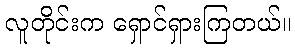
လူတိုင်းက ရှောင်ရှားကြတယ်။